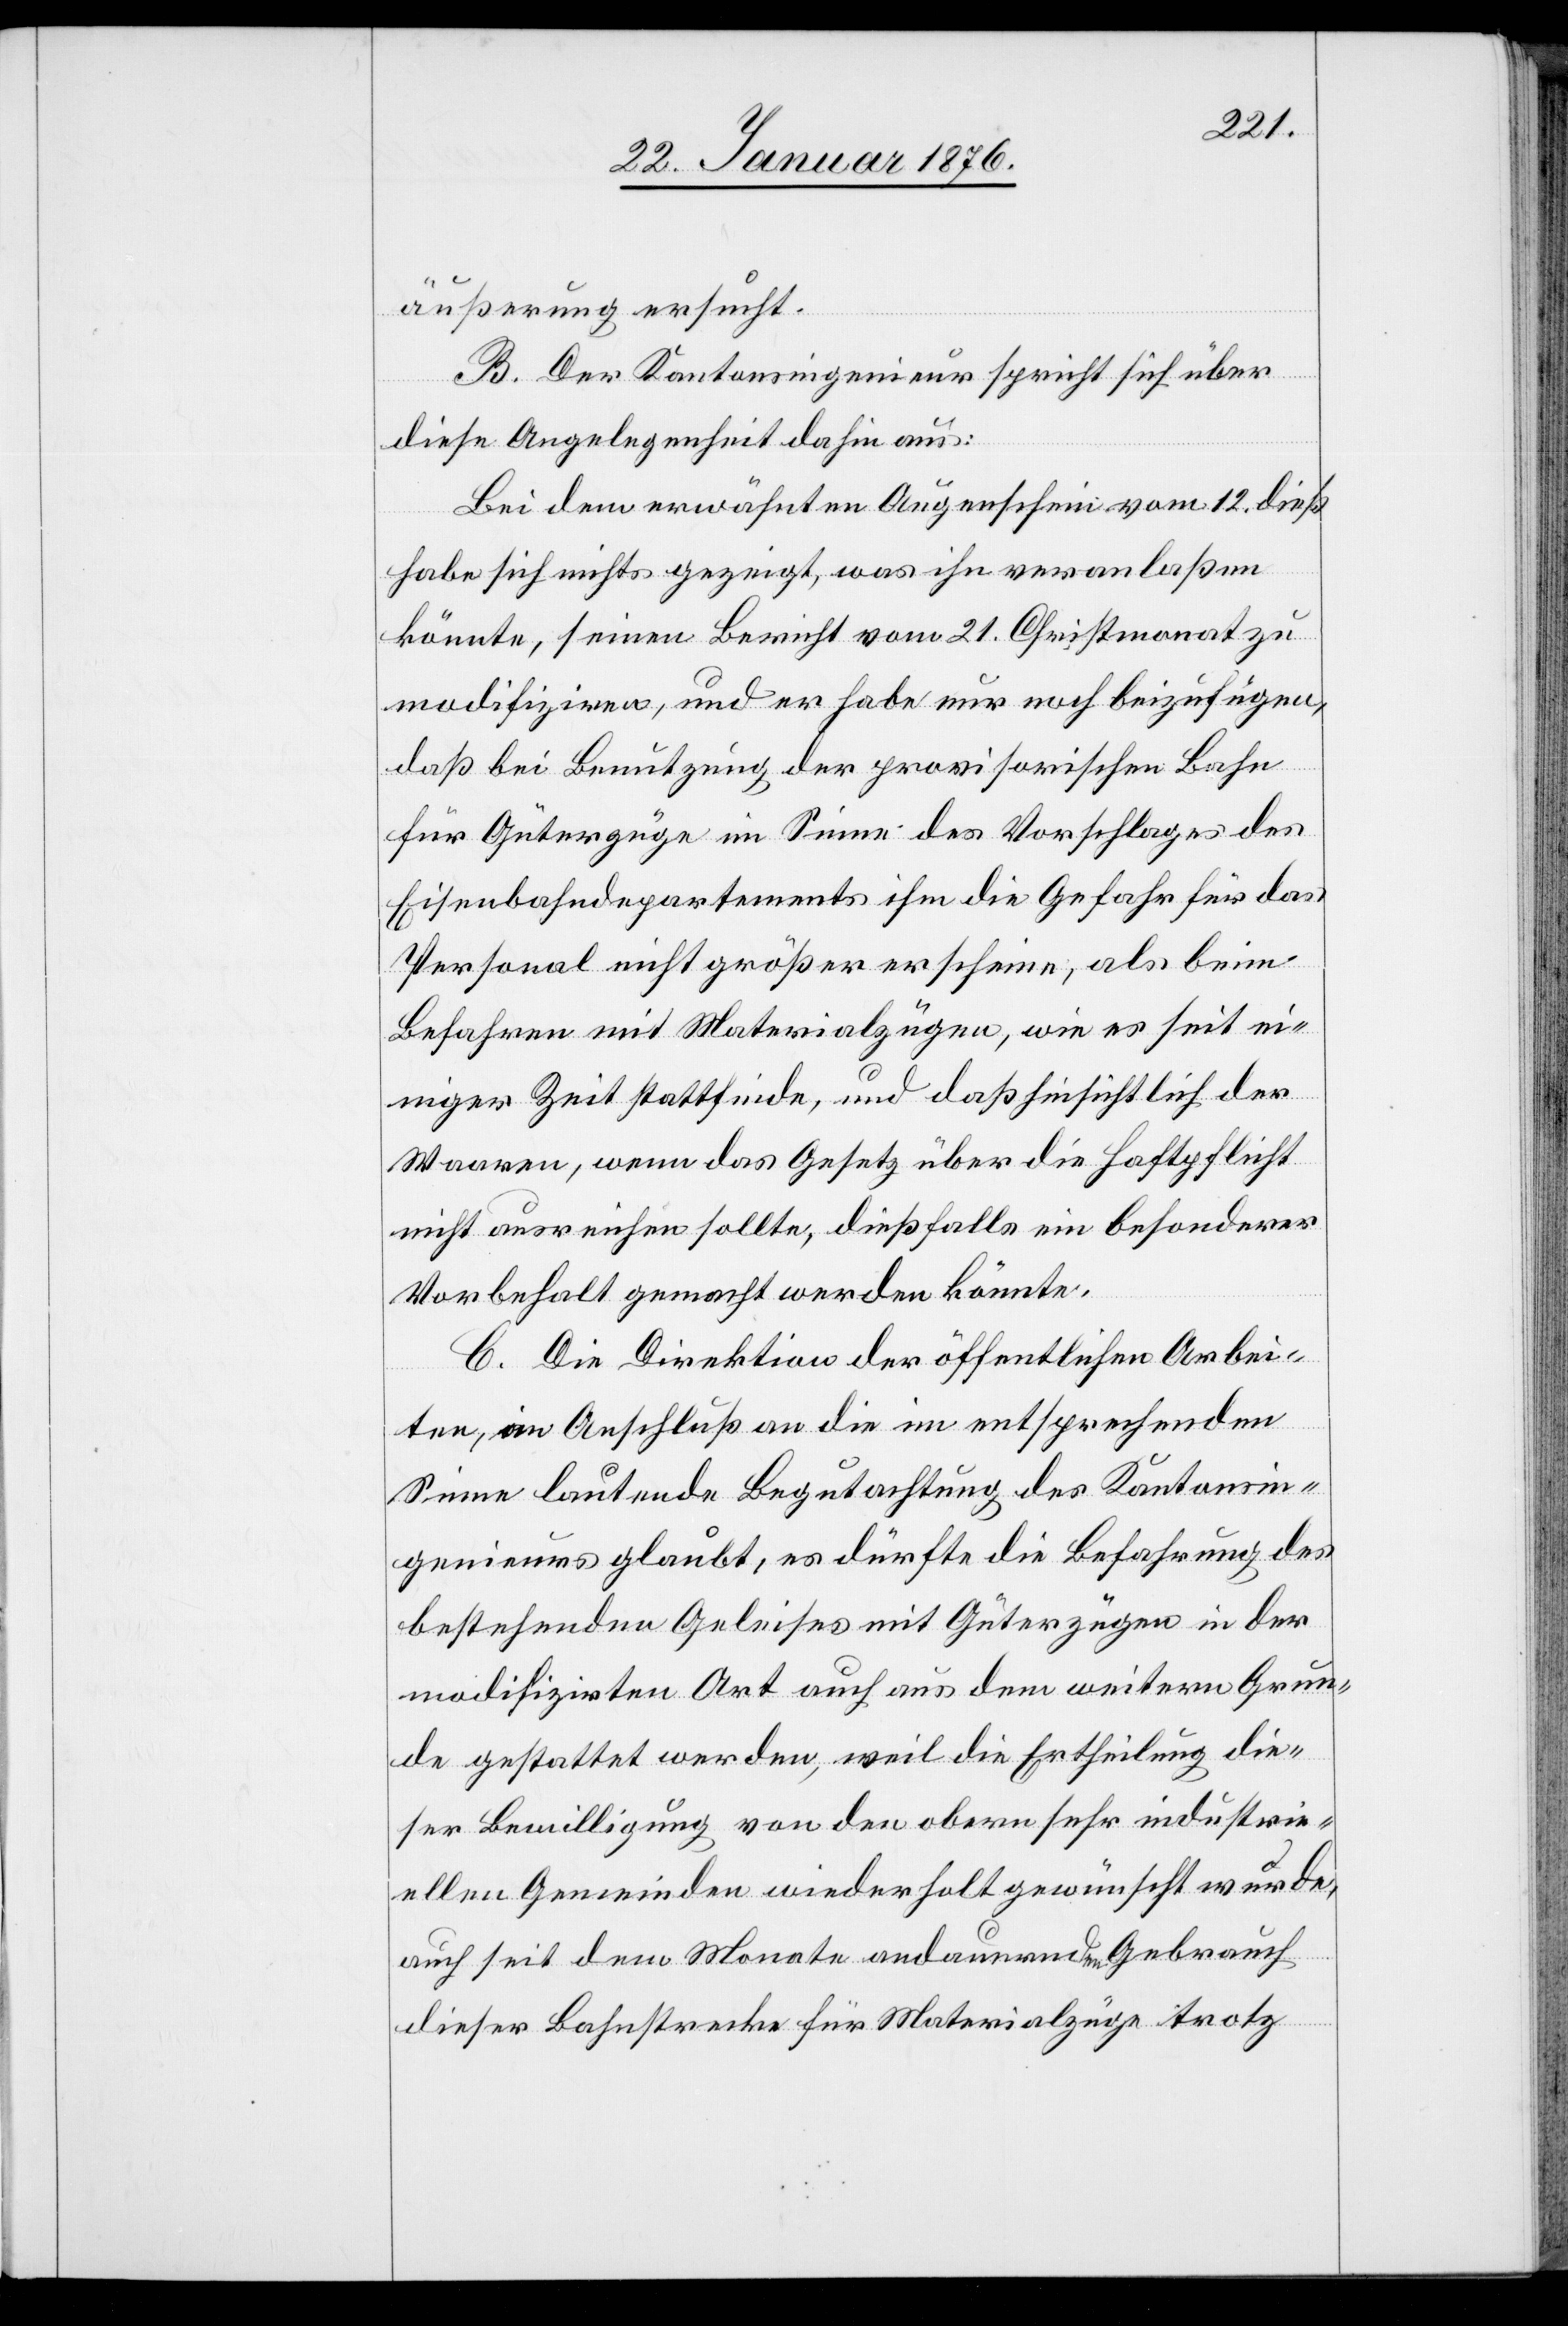
äußerung ersucht.
B. Der Kantonsingenieur spricht sich über
diese Angelegenheit dahin aus:
Bei dem erwähnten Augenschein vom 12. dieß
habe sich nichts gezeigt, was ihn veranlaßen
könnte, seinen Bericht vom 21. Christmonat zu
modifiziren, und er habe nur noch beizufügen,
daß bei Benutzung der provisorischen Bahn
für Güterzüge im Sinne des Vorschlages des
Eisenbahndepartements ihm die Gefahr für das
Personal nicht größer erscheine, als beim
Befahren mit Materialzügen, wie es seit ei¬
niger Zeit stattfinde, und daß hinsichtlich der
Waaren, wenn das Gesetz über die Haftpflicht
nicht ausreichen sollte, dießfalls ein besonderer
Vorbehalt gemacht werden könnte.
C. Die Direktion der öffentlichen Arbei¬
ten, in Anschluß an die im entsprechenden
Sinne lautende Begutachtung des Kantonsin¬
genieurs glaubt, es dürfte die Befahrung des
bestehenden Geleises mit Güterzügen in der
modifizirten Art auch aus dem weitern Grun¬
d gestattet werden, weil die Ertheilung die¬
ser Bewilligung von den obern sehr industri¬
ellen Gemeinden wiederholt gewünscht wurde,
auch seit dem Monate andauernden Gebrauch
dieser Bahnstrecke für Materialzüge trotz